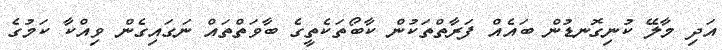
އަދި މާލޭ ކުނިގޮނޑުން ބައެއް ފަރާތްތަކުން ކާބޯތަކެތީގެ ބާވަތްތައް ނަގައިގެން ވިއްކާ ކަމުގެ